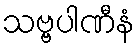
သဗ္ဗပါဏီနံ